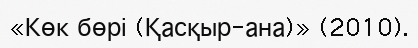
«Көк бөрі (Қасқыр-ана)» (2010).